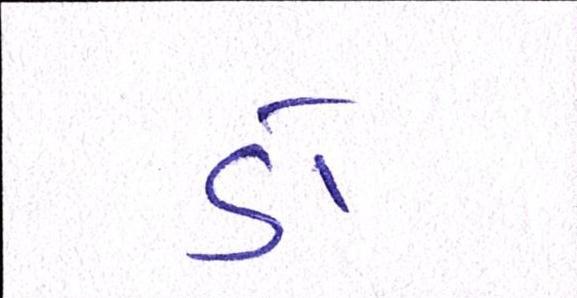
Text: ડૉ